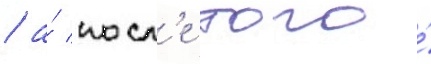
/ а́ посл'е того́